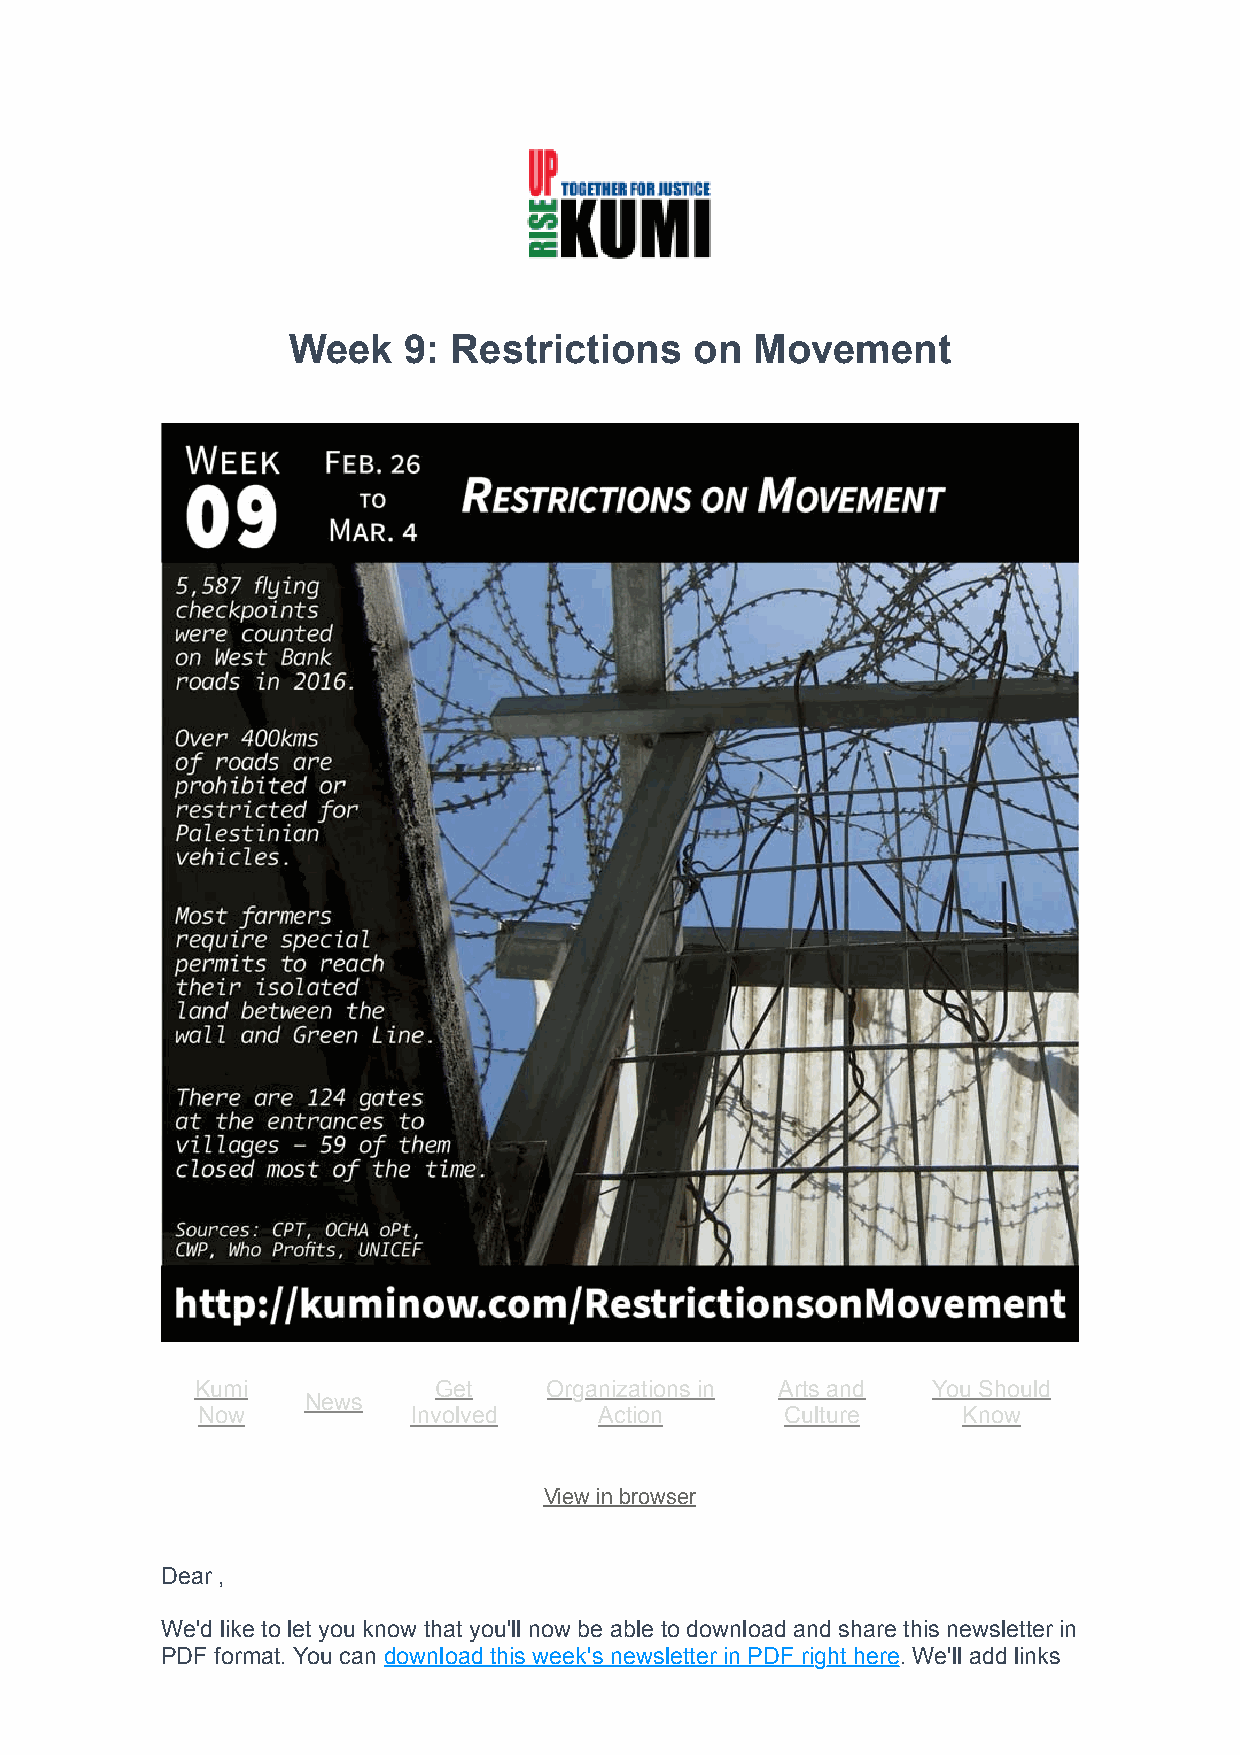
Week    9: Restrictions    on  Movement
 Kumi            Get    Organizations in Arts and You Should
 News
 Now           Involved     Action      Culture     Know
 View in browser
 Dear ,
 We'd like to let you know that you'll now be able to download and share this newsletter in
 PDF format. You can download this week's newsletter in PDF right here. We'll add links